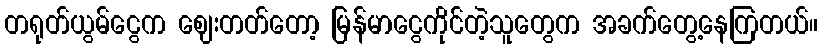
တရုတ်ယွမ်ငွေက ဈေးတတ်တော့ မြန်မာငွေကိုင်တဲ့သူတွေက အခက်တွေ့နေကြတယ်။